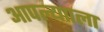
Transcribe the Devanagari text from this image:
आपल्यााला